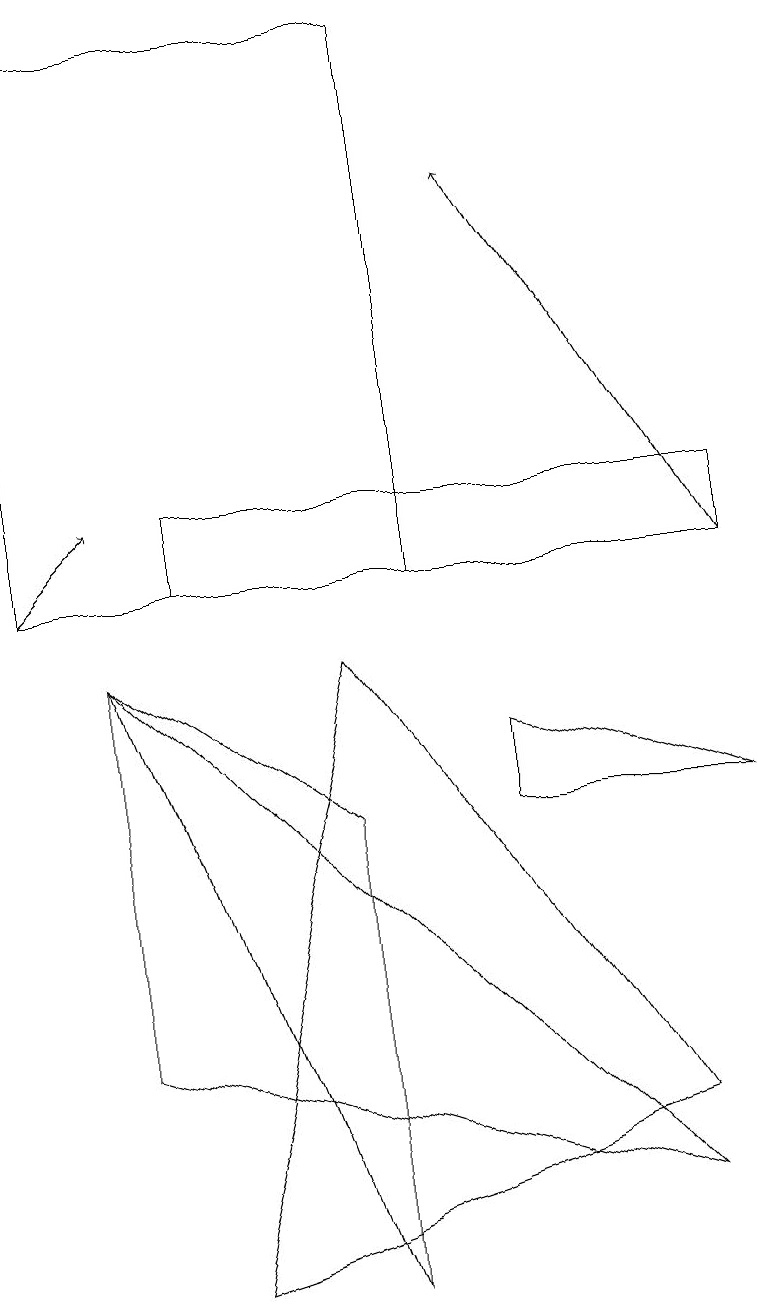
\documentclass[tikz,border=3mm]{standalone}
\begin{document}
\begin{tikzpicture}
\draw[->] (9,10) -- (6,15);
\draw (4,9) -- (2,1) -- (8,3) -- cycle;
\draw (5,17) rectangle (0,10);
\draw (1,4) -- (1,9) -- (8,2) -- cycle;
\draw[->] (0,10) -- (1,11);
\draw (9,7) -- (6,7) -- (6,8) -- cycle;
\draw (2,10) rectangle (9,11);
\draw (1,9) -- (4,7) -- (4,1) -- cycle;
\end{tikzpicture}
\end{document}